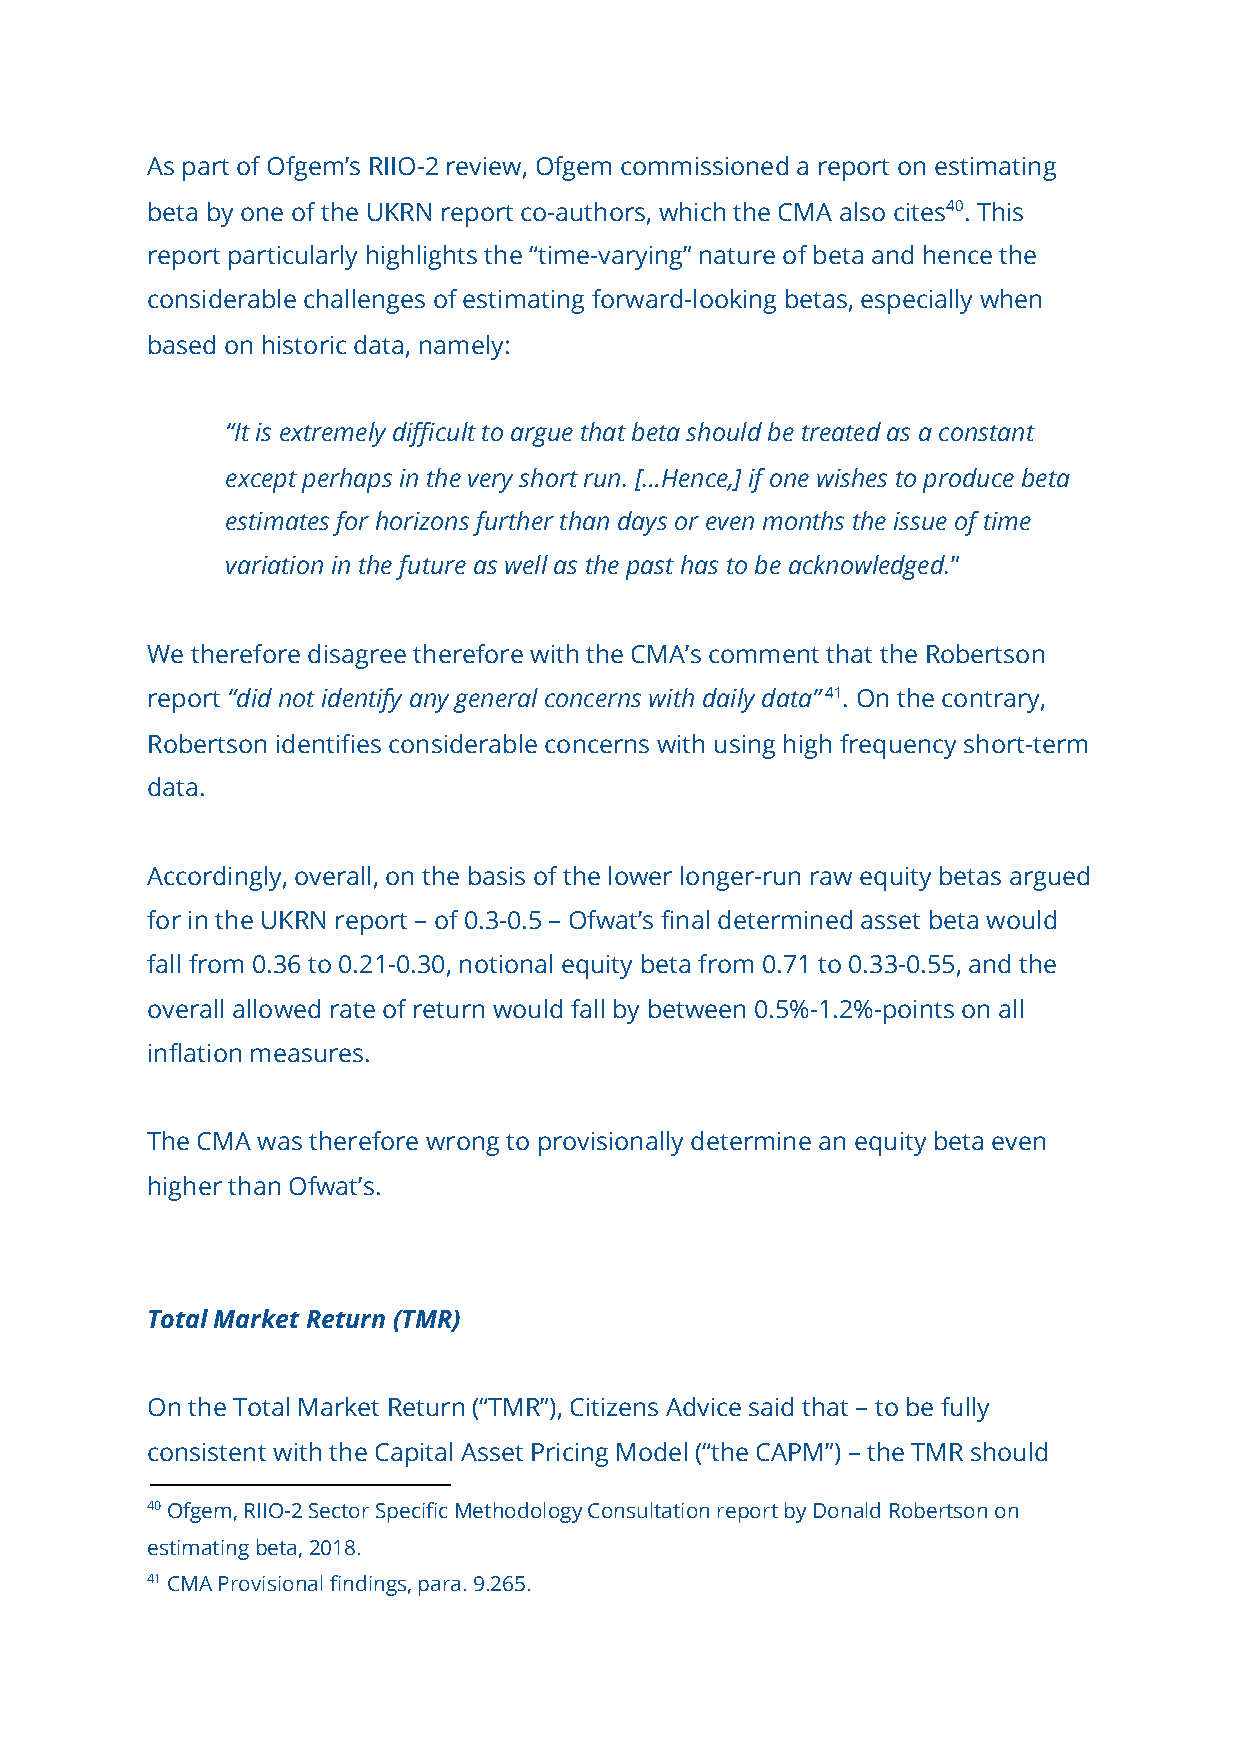
As part of Ofgem’s RIIO-2 review, Ofgem commissioned a report on estimating
 beta by one of the UKRN report co-authors, which the CMA also cites4​ 0​. This
 report particularly highlights the “time-varying” nature of beta and hence the
 considerable challenges of estimating forward-looking betas, especially when
 based on historic data, namely:
 “It is extremely difficult to argue that beta should be treated as a constant
 except perhaps in the very short run. […Hence,] if one wishes to produce beta
 estimates for horizons further than days or even months the issue of time
 variation in the future as well as the past has to be acknowledged.​”
 We therefore disagree therefore with the CMA’s comment that the Robertson
 report “​ did not identify any general concerns with daily data” ​​41​. On the contrary,
 Robertson identifies considerable concerns with using high frequency short-term
 data.
 Accordingly, overall, on the basis of the lower longer-run raw equity betas argued
 for in the UKRN report – of 0.3-0.5 – Ofwat’s final determined asset beta would
 fall from 0.36 to 0.21-0.30, notional equity beta from 0.71 to 0.33-0.55, and the
 overall allowed rate of return would fall by between 0.5%-1.2%-points on all
 inflation measures.
 The CMA was therefore wrong to provisionally determine an equity beta even
 higher than Ofwat’s.
 Total Market Return (TMR)
 On the Total Market Return (“TMR”), Citizens Advice said that – to be fully
 consistent with the Capital Asset Pricing Model (“the CAPM”) – the TMR should
 40 Ofgem, RIIO-2 Sector Specific Methodology Consultation report by Donald Robertson on
 estimating beta, 2018.
 41 CMA Provisional findings, para. 9.265.